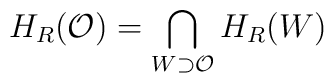
H_{R}(\mathcal{O})=\bigcap_{W\supset \mathcal{O}}H_{R}(W)